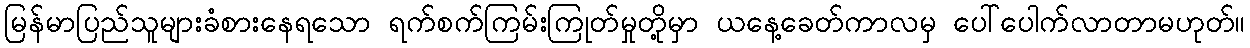
မြန်မာပြည်သူများခံစားနေရသော ရက်စက်ကြမ်းကြုတ်မှုတို့မှာ ယနေ့ခေတ်ကာလမှ ပေါ်ပေါက်လာတာမဟုတ်။